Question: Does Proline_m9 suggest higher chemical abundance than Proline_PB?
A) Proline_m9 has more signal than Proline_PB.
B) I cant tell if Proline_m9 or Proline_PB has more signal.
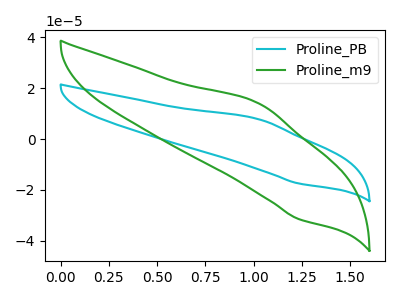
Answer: <think>The cyan curve "Proline_PB" has an anodic peak at (1.05V, 7.80uA) and a cathodic peak at (1.25V, -17.45uA). The green curve "Proline_m9" has an anodic peak at (1.05V, 14.05uA) and a cathodic peak at (1.25V, -31.45uA).
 All the peaks in "Proline_m9" have a peak in "Proline_PB" at the same potential. Every peak in "Proline_m9" is higher than every peak in "Proline_PB".</think>
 <answer>A) "Proline_m9" has more signal than "Proline_PB".</answer>
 <eval>A</eval>